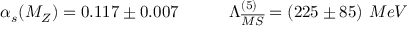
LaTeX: \alpha _ { s } ( M _ { Z } ) = 0 . 1 1 7 \pm 0 . 0 0 7 \qquad \quad \Lambda _ { \overline { { { M S } } } } ^ { ( 5 ) } = ( 2 2 5 \pm 8 5 ) ~ M e V